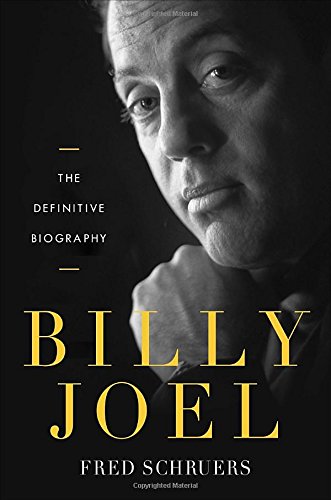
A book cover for Billy Joel; Fred Schruers; Biographies & Memoirs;